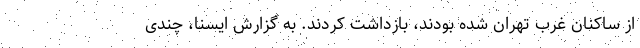
از ساکنان غرب تهران شده بودند، بازداشت کردند. به گزارش ایسنا، چندی